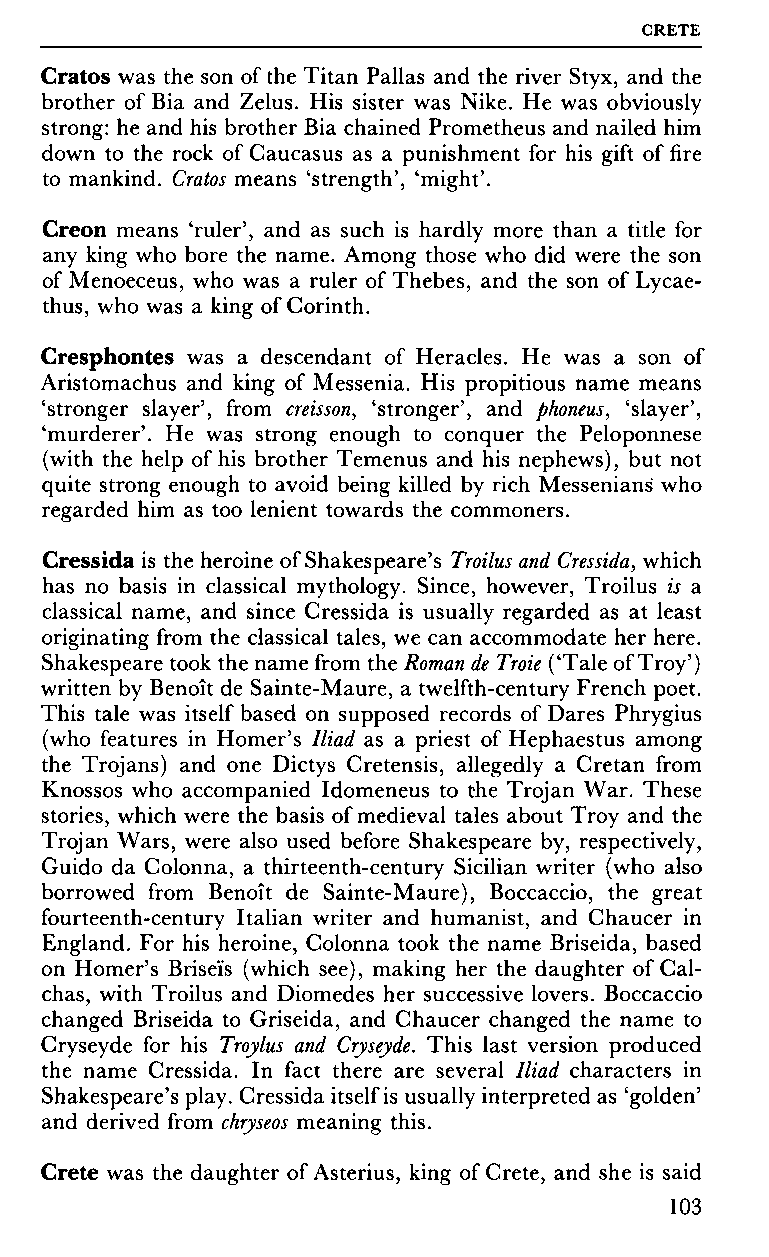
CRETE
 Cratos was the son of the Titan Pallas and the river Styx, and the
 brother of Bia and Zelus. His sister was Nike. He was obviously
 strong: he and his brother Bia chained Prometheus and nailed him
 down to the rock of Caucasus as a punishment for his gift of fire
 to mankind. Cratos means 'strength', 'might'.
 Creon means 'ruler', and as such is hardly more than a title for
 any king who bore the name. Among those who did were the son
 of Menoeceus, who was a ruler of Thebes, and the son of Lycae-
 thus, who was a king of Corinth.
 Cresphontes was a descendant of Heracles. He was a son of
 Aristomachus and king of Messenia. His propitious name means
 'stronger slayer', from creisson, 'stronger', and phoneus, 'slayer',
 'murderer'. He was strong enough to conquer the Péloponnèse
 (with the help of his brother Temenus and his nephews), but not
 quite strong enough to avoid being killed by rich Messenians who
 regarded him as too lenient towards the commoners.
 Cressida is the heroine of Shakespeare's Troilus and Cressida, which
 has no basis in classical mythology. Since, however, Troilus is a
 classical name, and since Cressida is usually regarded as at least
 originating from the classical tales, we can accommodate her here.
 Shakespeare took the name from the Roman de Troie ('Tale of Troy')
 written by Benoît de Sainte-Maure, a twelfth-century French poet.
 This tale was itself based on supposed records of Dares Phrygius
 (who features in Homer's Iliad as a priest of Hephaestus among
 the Trojans) and one Dictys Cretensis, allegedly a Cretan from
 Knossos who accompanied Idomeneus to the Trojan War. These
 stories, which were the basis of medieval tales about Troy and the
 Trojan Wars, were also used before Shakespeare by, respectively,
 Guido da Colonna, a thirteenth-century Sicilian writer (who also
 borrowed from Benoît de Sainte-Maure), Boccaccio, the great
 fourteenth-century Italian writer and humanist, and Chaucer in
 England. For his heroine, Colonna took the name Briseida, based
 on Homer's Briseis (which see), making her the daughter of Cal-
 chas, with Troilus and Diomedes her successive lovers. Boccaccio
 changed Briseida to Griseida, and Chaucer changed the name to
 Cryseyde for his Troylus and Cryseyde. This last version produced
 the name Cressida. In fact there are several Iliad characters in
 Shakespeare's play. Cressida itself is usually interpreted as 'golden'
 and derived from chryseos meaning this.
 Crete was the daughter of Asterius, king of Crete, and she is said
 103